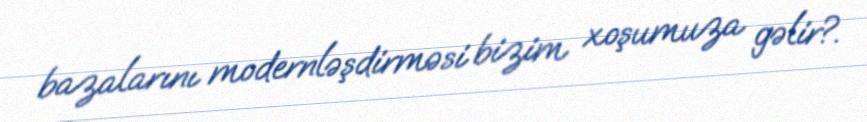
bazalarını modernləşdirməsi bizim xoşumuza gəlir?.